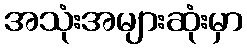
အသုံးအများဆုံးမှာ